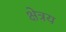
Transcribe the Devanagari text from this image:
क्षेत्रय